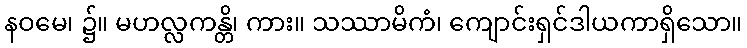
နဝမေ၊ ၌။ မဟလ္လကန္တိ၊ ကား။ သဿာမိကံ၊ ကျောင်းရှင်ဒါယကာရှိသော။